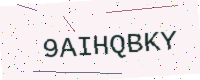
Text: 9AIHQBKY